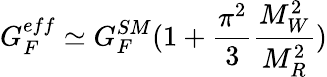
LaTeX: G_{F}^{eff}\simeq G_{F}^{SM}(1+\frac{\pi^{2}}{3}\frac{M_{W}^{2}}{M_{R}^{2}})